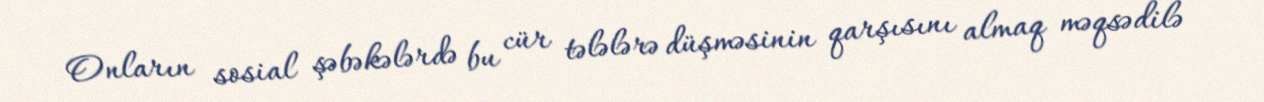
Onların sosial şəbəkələrdə bu cür tələlərə düşməsinin qarşısını almaq məqsədilə